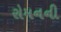
રોમનની